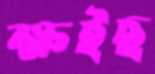
ক্ষইছ